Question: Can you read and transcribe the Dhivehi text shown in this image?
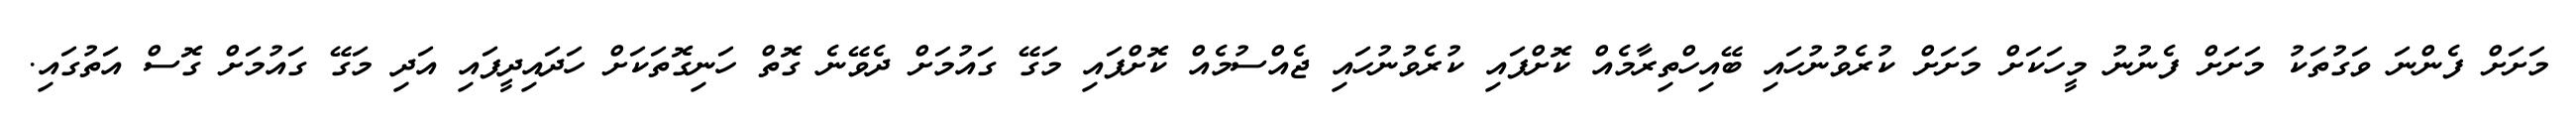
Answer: މަށަށް ފެންނަ ވަގުތަކު މަށަށް ފެނުނު މީހަކަށް މަށަށް ކުރެވުނުހައި ބޭއިހްތިރާމެއް ކޮށްފައި ކުރެވުނުހައި ޖެއްސުމެއް ކޮށްފައި މަގޭ ގައުމަށް ދެވޭނެ ގޮތް ހަނިގޮތަކަށް ހަދައިދީފައި އަދި މަގޭ ގައުމަށް ގޮސް އަތުގައި.